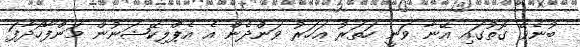
ބުނެވޭ ގޮތުގައި އޭނާ ވަނީ ހަތަރު އަހަރު ވަންދެން އެ އެޕްލިކޭޝަނުން މަންފާހޯދާފަ